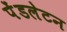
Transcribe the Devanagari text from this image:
पेंडलेटन